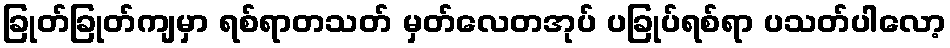
ခြုတ်ခြုတ်ကျမှာ ရစ်ရာတသတ် မှတ်လေတအုပ် ပခြုပ်ရစ်ရာ ပသတ်ပါလော့